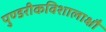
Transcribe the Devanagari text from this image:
पुण्डरीकविशालाक्षौ